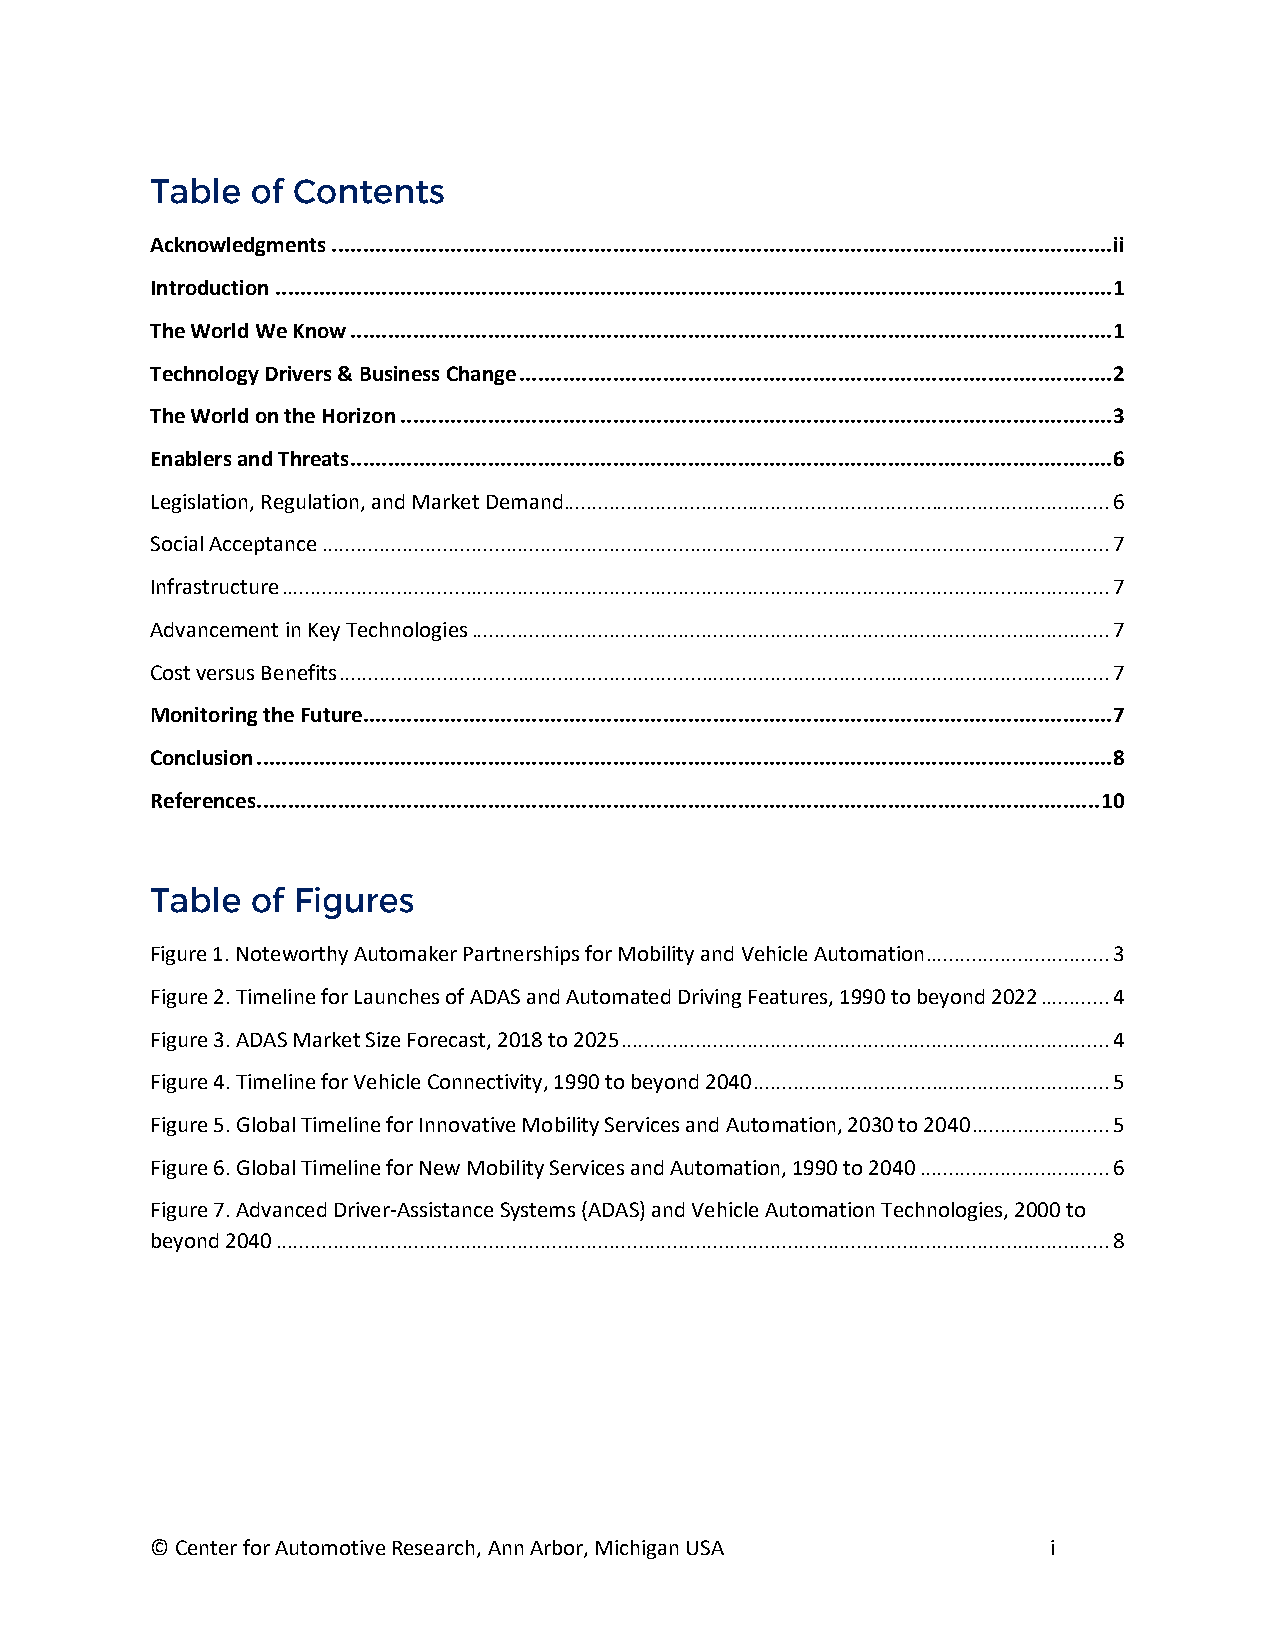
Acknowledgments ............................................................................................................................. ii
 Introduction ......................................................................................................................................1
 The World We Know ..........................................................................................................................1
 Technology Drivers & Business Change ...............................................................................................2
 The World on the Horizon ..................................................................................................................3
 Enablers and Threats ..........................................................................................................................6
 Legislation, Regulation, and Market Demand............................................................................................... 6
 Social Acceptance ......................................................................................................................................... 7
 Infrastructure ................................................................................................................................................ 7
 Advancement in Key Technologies ............................................................................................................... 7
 Cost versus Benefits ...................................................................................................................................... 7
 Monitoring the Future........................................................................................................................7
 Conclusion .........................................................................................................................................8
 References ....................................................................................................................................... 10
 Figure 1. Noteworthy Automaker Partnerships for Mobility and Vehicle Automation ................................ 3
 Figure 2. Timeline for Launches of ADAS and Automated Driving Features, 1990 to beyond 2022 ............ 4
 Figure 3. ADAS Market Size Forecast, 2018 to 2025 ..................................................................................... 4
 Figure 4. Timeline for Vehicle Connectivity, 1990 to beyond 2040 .............................................................. 5
 Figure 5. Global Timeline for Innovative Mobility Services and Automation, 2030 to 2040 ........................ 5
 Figure 6. Global Timeline for New Mobility Services and Automation, 1990 to 2040 ................................. 6
 Figure 7. Advanced Driver-Assistance Systems (ADAS) and Vehicle Automation Technologies, 2000 to
 beyond 2040 ................................................................................................................................................. 8
 © Center for Automotive Research, Ann Arbor, Michigan USA   i